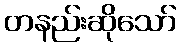
တနည်းဆိုသော်